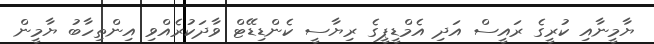
ޔާމީނާއި ކުރީގެ ރައީސް އަދި އެމްޑީޕީގެ ރިޔާސީ ކެންޑިޑޭޓް ވާދަކުރެއްވި އިންތިހާބު ޔާމީން